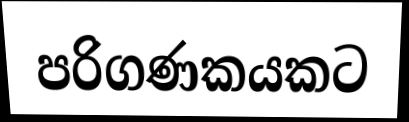
පරිගණකයකට